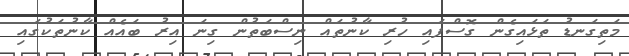
މަތިގަނޑު ތަޅައިގެން ގޮސްފައި ހުރި ކާނުތައް ނިސްބަތުން ގިނަ އިރު ބައެއް ކާނުތަކުގައި